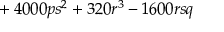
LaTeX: { } + 4 0 0 0 p s ^ { 2 } + 3 2 0 r ^ { 3 } - 1 6 0 0 r s q